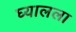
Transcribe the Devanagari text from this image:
घ्यालला